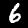
Digit: 6